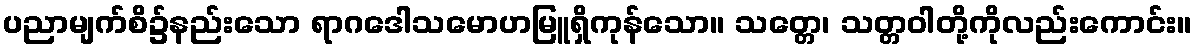
ပညာမျက်စိ၌နည်းသော ရာဂဒေါသမောဟမြူရှိကုန်သော။ သတ္တေ၊ သတ္တဝါတို့ကိုလည်းကောင်း။